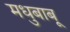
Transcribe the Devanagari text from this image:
मधुबाबू